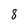
Character: 8